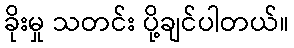
ခိုးမှု သတင်း ပို့ချင်ပါတယ်။